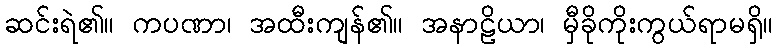
ဆင်းရဲ၏။ ကပဏာ၊ အထီးကျန်၏။ အနာဠိယာ၊ မှီခိုကိုးကွယ်ရာမရှိ။